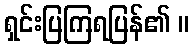
ရှင်းပြကြရပြန်၏ ။